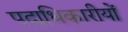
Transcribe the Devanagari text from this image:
पदाधिकारीयों